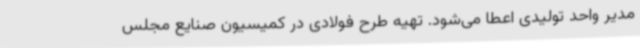
مدیر واحد تولیدی اعطا می‌شود. تهیه طرح فولادی در کمیسیون صنایع مجلس